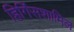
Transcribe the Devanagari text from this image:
हिगिंसशामिल